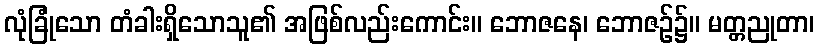
လုံခြုံသော တံခါးရှိသောသူ၏ အဖြစ်လည်းကောင်း။ ဘောဇနေ၊ ဘောဇဉ်၌။ မတ္တညုတာ၊